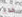
كان